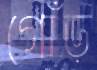
গোঁড়